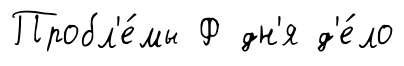
Пробл'е́мы Ф дн'я д'е́ло